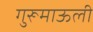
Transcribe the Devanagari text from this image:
गुरूमाऊली